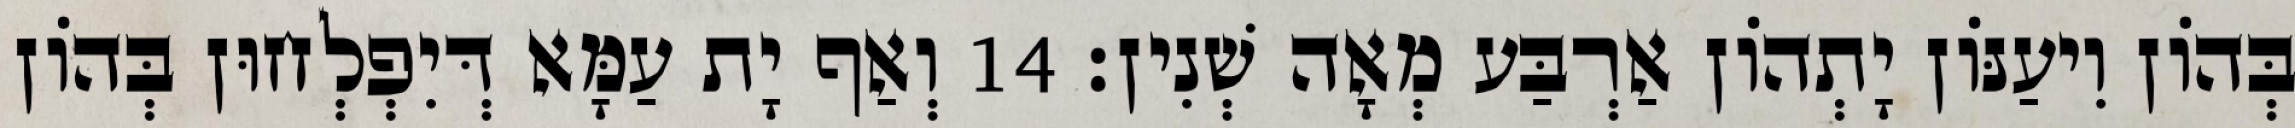
בְּהוֹן וִיעַנּוֹן יָתְהוֹן אַרְבַּע מְאָה שְׁנִין׃ 14 וְאַף יָת עַמָּא דְּיִפְלְחוּן בְּהוֹן